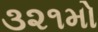
૩૨૧મો